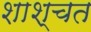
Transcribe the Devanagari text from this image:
शाश्चत